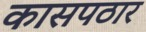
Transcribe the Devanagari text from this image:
कासपठार